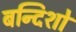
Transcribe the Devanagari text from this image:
बन्दिशो